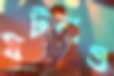
ঘটলও